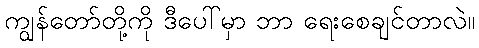
ကျွန်တော်တို့ကို ဒီပေါ်မှာ ဘာ ရေးစေချင်တာလဲ။